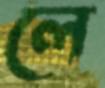
লে